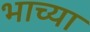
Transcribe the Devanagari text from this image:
भाच्या